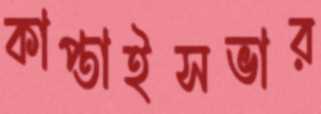
কাপ্তাইসভার